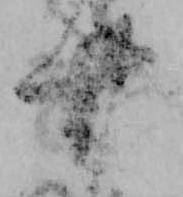
廿